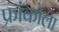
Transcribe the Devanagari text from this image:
फ्रांकोला